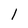
Character: l